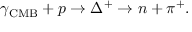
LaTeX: \gamma _ { \mathrm { C M B } } + p \to \Delta ^ { + } \to n + \pi ^ { + } .